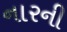
નારની